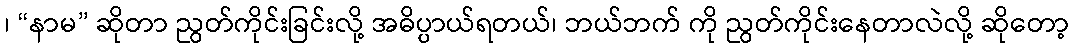
၊ “နာမ” ဆိုတာ ညွတ်ကိုင်းခြင်းလို့ အဓိပ္ပာယ်ရတယ်၊ ဘယ်ဘက် ကို ညွတ်ကိုင်းနေတာလဲလို့ ဆိုတော့